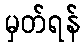
မှတ်ရန်